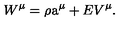
W ^ { \mu } = \rho \mathrm { \Large a } ^ { \mu } + E V ^ { \mu } .